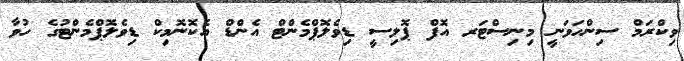
ވިކްރަމް ސިންހަވަނީ މިނިސްޓަރ އޮފް ޕޮލިސީ ޑިވެލޮޕްމެންޓް އެންޑް އެކޮނޮމިކް ޑިވެލޮޕްމެންޓުގެ ހުވާ